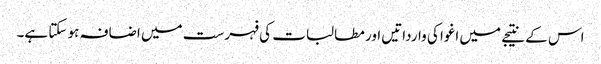
اس کے نتیجے میں اغوا کی وارداتیں اور مطالبات کی فہرست میں اضافہ ہو سکتا ہے۔